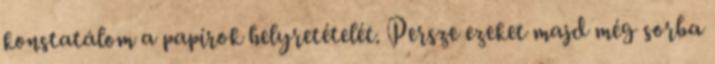
konstatálom a papírok helyretételét. Persze ezeket majd még sorba